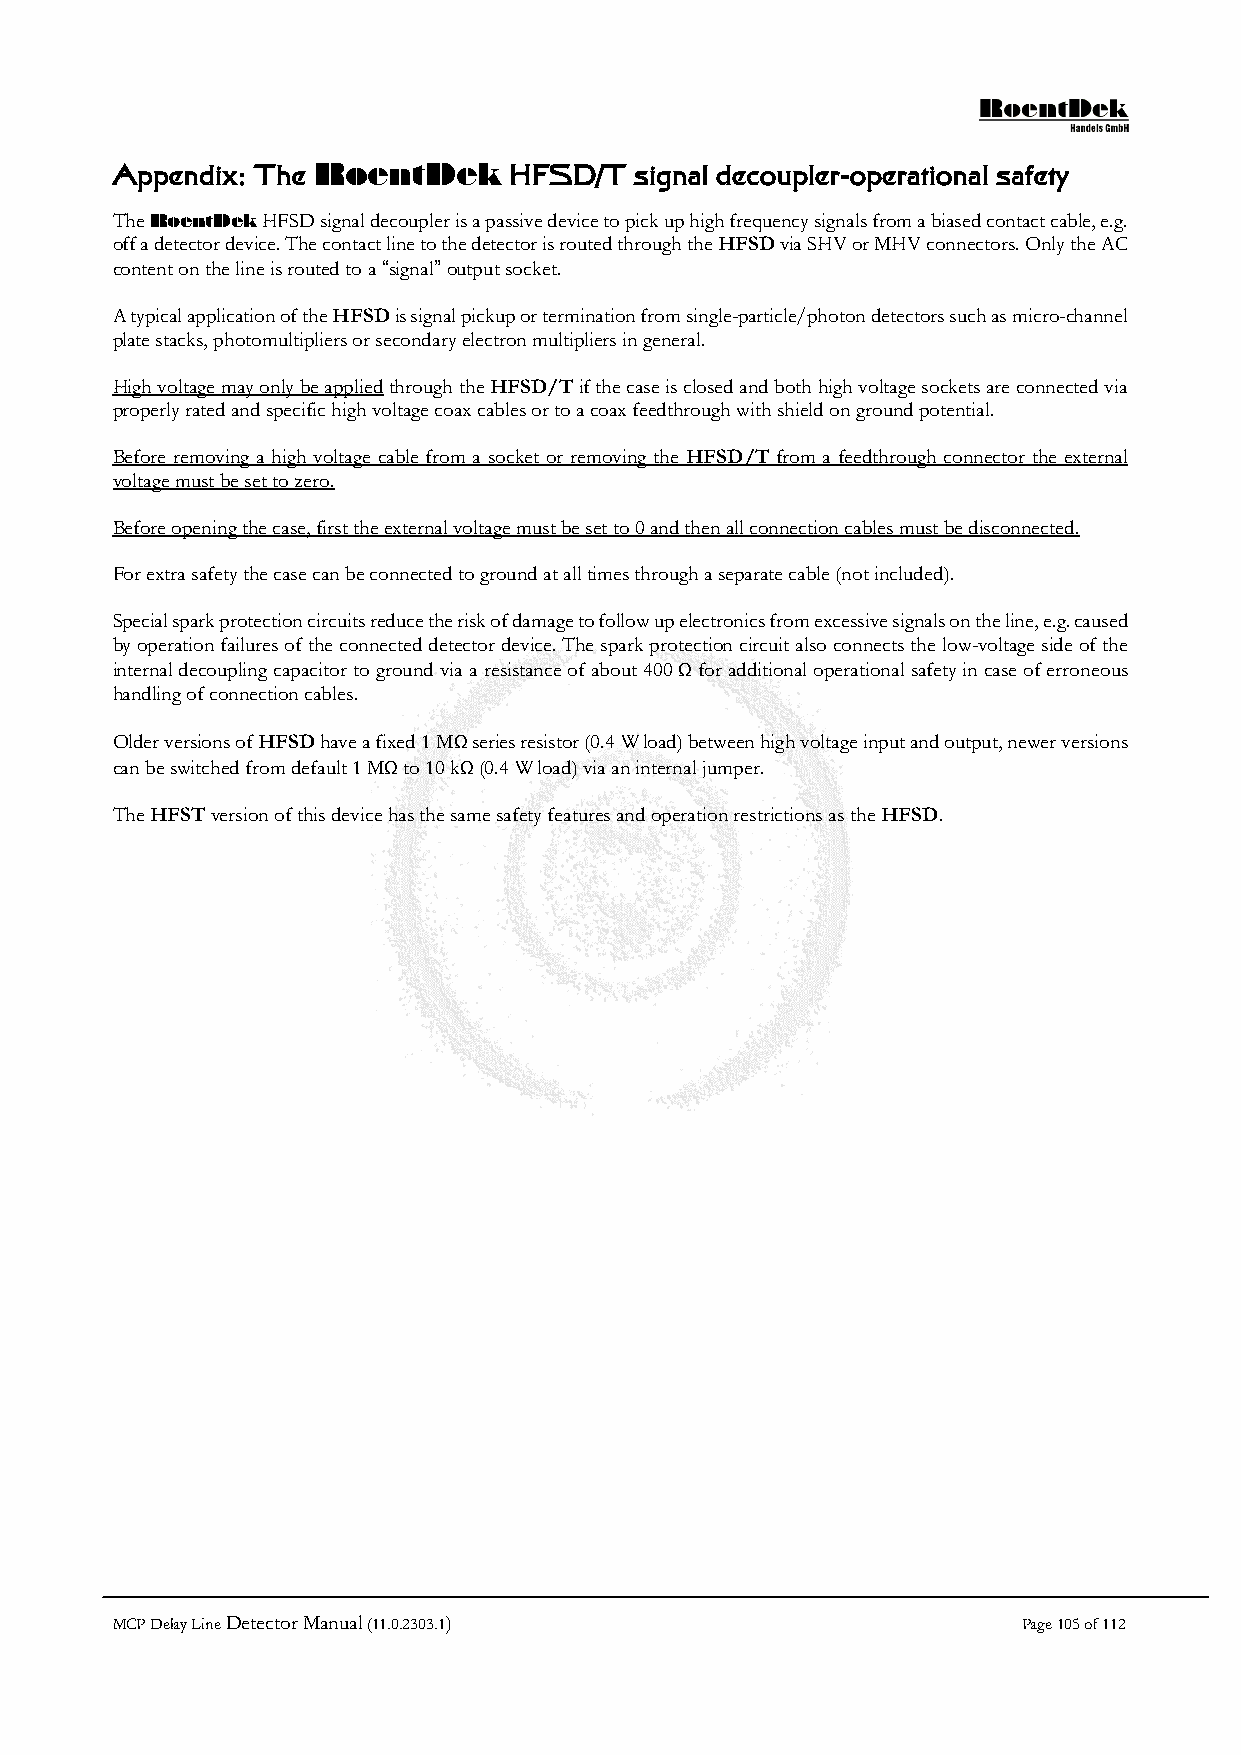
Appendix: The RoentDek     HFSD/T  signal decoupler-operational safety
 The RoentDek HFSD signal decoupler is a passive device to pick up high frequency signals from a biased contact cable, e.g.
 off a detector device. The contact line to the detector is routed through the HFSD via SHV or MHV connectors. Only the AC
 content on the line is routed to a “signal” output socket.
 A typical application of the HFSD is signal pickup or termination from single-particle/photon detectors such as micro-channel
 plate stacks, photomultipliers or secondary electron multipliers in general.
 High voltage may only be applied through the HFSD/T if the case is closed and both high voltage sockets are connected via
 properly rated and specific high voltage coax cables or to a coax feedthrough with shield on ground potential.
 Before removing a high voltage cable from a socket or removing the HFSD/T from a feedthrough connector the external
 voltage must be set to zero.
 Before opening the case, first the external voltage must be set to 0 and then all connection cables must be disconnected.
 For extra safety the case can be connected to ground at all times through a separate cable (not included).
 Special spark protection circuits reduce the risk of damage to follow up electronics from excessive signals on the line, e.g. caused
 by operation failures of the connected detector device. The spark protection circuit also connects the low-voltage side of the
 internal decoupling capacitor to ground via a resistance of about 400 Ω for additional operational safety in case of erroneous
 handling of connection cables.
 Older versions of HFSD have a fixed 1 MΩ series resistor (0.4 W load) between high voltage input and output, newer versions
 can be switched from default 1 MΩ to 10 kΩ (0.4 W load) via an internal jumper.
 The HFST version of this device has the same safety features and operation restrictions as the HFSD.
 MCP Delay Line Detector Manual (11.0.2303.1)                 Page 105 of 112